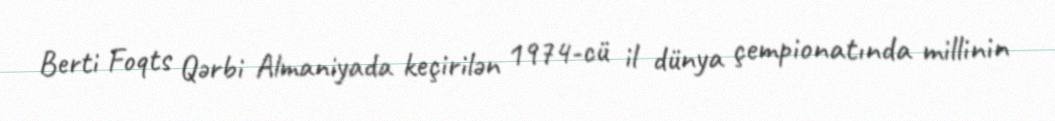
Berti Foqts Qərbi Almaniyada keçirilən 1974-cü il dünya çempionatında millinin